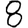
Digit: 8